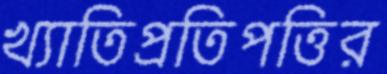
খ্যাতিপ্রতিপত্তির